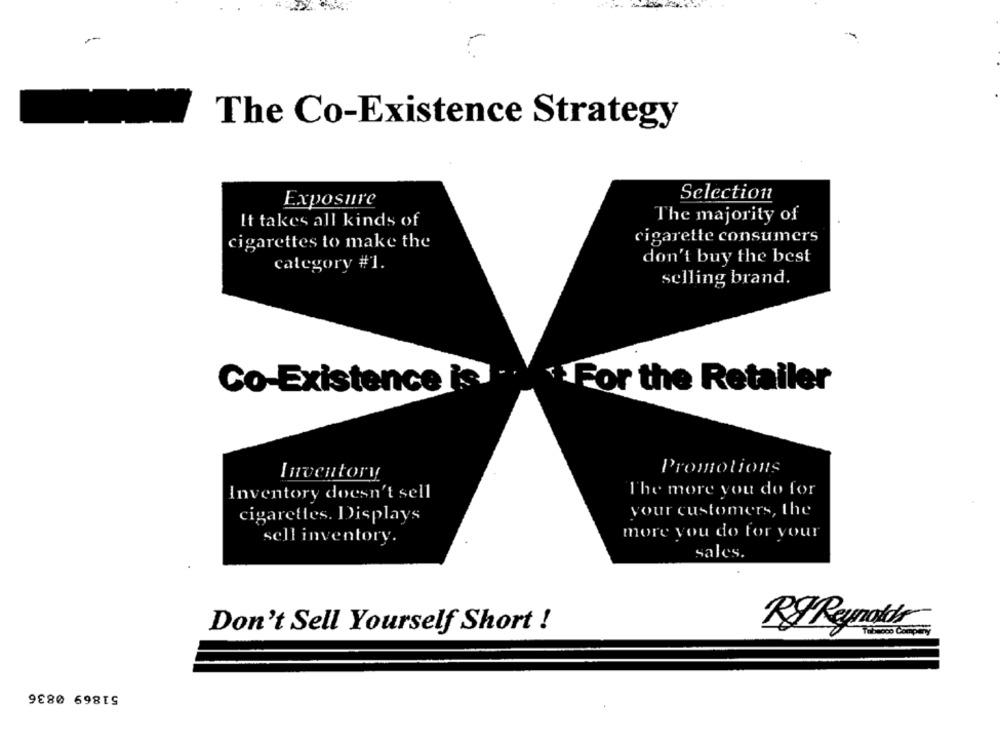
The Co-Existence Strategy
Exposure
Selection
It takes all kinds of
The majority of
cigarettes to make the
cigarette consumers
don't buy the best
category #1.
selling brand.
Co-Existence is
For the Retailer
Inventory
Promotions
Inventory doesn't sell
The more you do for
your customers, the
cigarettes. Displays
more you do for your
sell inventory.
sales.
Don't Sell Yourself Short !
RyReynolds
51869 0836